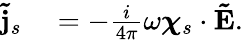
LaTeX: \begin{array}{rl}{\mathbf{\tilde{j}}_{s}}&{{}=-\frac{i}{4\pi}\omega\boldsymbol{\chi}_{s}\cdot\mathbf{\tilde{E}}.}\end{array}